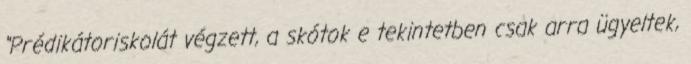
“Prédikátoriskolát végzett, a skótok e tekintetben csak arra ügyeltek,